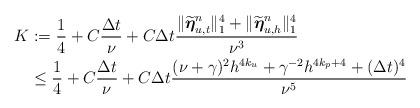
LaTeX: \begin{align*}\begin{aligned} K&:=\frac14+C\frac{\Delta t}{\nu}+C\Delta t\frac{\|\widetilde{\boldsymbol{\eta}}_{u,t}^n\|_1^4+\|\widetilde{\boldsymbol{\eta}}_{u,h}^n\|_1^4}{\nu^3} \\& \leq \frac14+C\frac{\Delta t}{\nu}+C\Delta t \frac{(\nu+\gamma)^2h^{4k_u}+\gamma^{-2}h^{4k_p+4}+(\Delta t)^4}{\nu^5} \end{aligned}\end{align*}